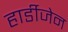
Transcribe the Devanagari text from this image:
हार्डीजेन